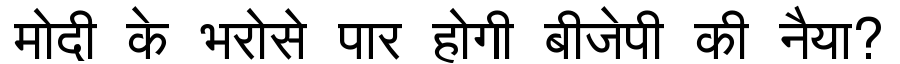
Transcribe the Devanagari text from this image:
मोदी के भरोसे पार होगी बीजेपी की नैया?